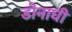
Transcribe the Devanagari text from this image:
डोनाघी